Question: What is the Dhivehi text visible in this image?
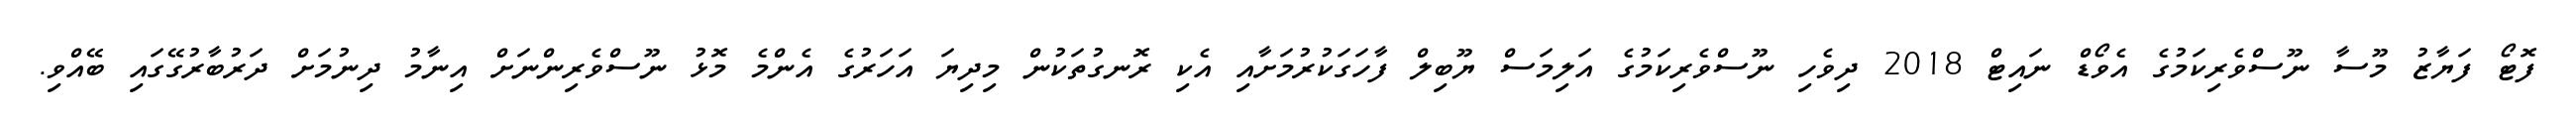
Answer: ފޮޓޯ ފަޔާޒު މޫސާ ނޫސްވެރިކަމުގެ އެވޯޑް ނައިޓް 2018 ދިވެހި ނޫސްވެރިކަމުގެ އަލިމަސް ޔޫބިލް ފާހަގަކުރުމަށާއި އެކި ރޮނގުތަކުން މިދިޔަ އަހަރުގެ އެންމެ މޮޅު ނޫސްވެރިންނަށް އިނާމު ދިނުމަށް ދަރުބާރުގޭގައި ބޭއްވި.